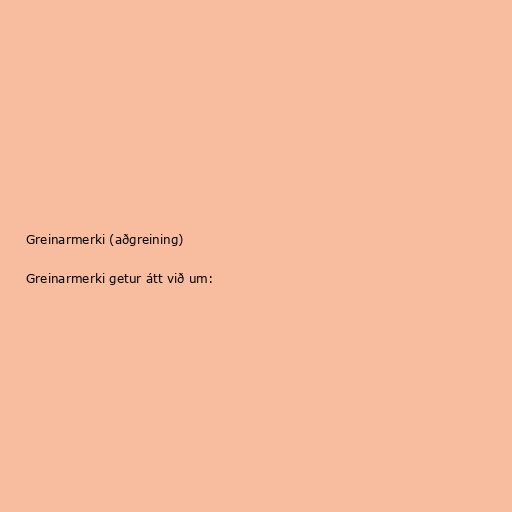
Greinarmerki (aðgreining)

Greinarmerki getur átt við um: